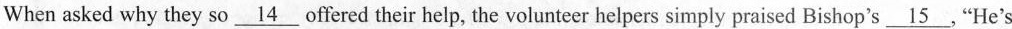
When asked why they so\underline{14} offered _their help, the volunteer helpers simply praised Bishop's\underline{15} .“He's